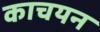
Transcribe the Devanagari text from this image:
काचयन